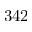
3 4 2